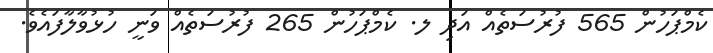
ކެމްޕަހުން 565 ފުރުސަތެއް އަދި ލ. ކެމްޕަހުން 265 ފުރުސަތެއް ވަނީ ހުޅުވާލާފައެވެ.